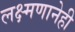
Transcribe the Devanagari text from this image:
लक्ष्मणानेही